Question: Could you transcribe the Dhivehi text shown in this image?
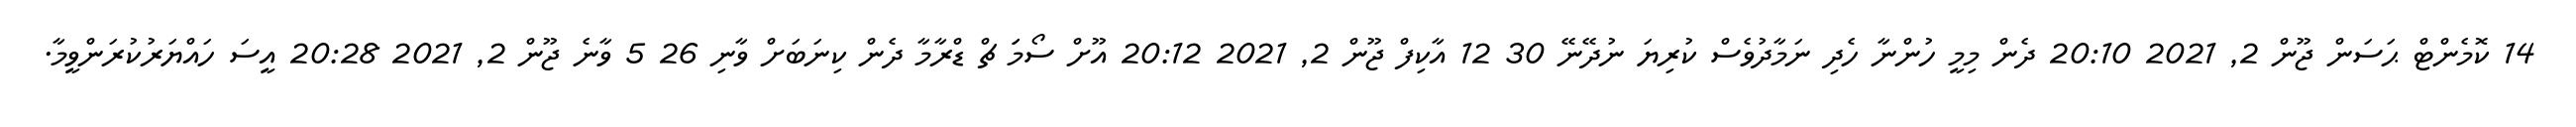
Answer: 14 ކޮމެންޓް ޙަސަން ޖޫން 2, 2021 20:10 ދެން މިމީ ހުންނާ ހެދި ނަމާދުވެސް ކުރިޔަ ނުދޭނޭ 30 12 އާކިފް ޖޫން 2, 2021 20:12 އޫށް ސޯމަަ ޗް ޑްރާމާ ދެން ކިނަބަށް ވާނި 26 5 ވާނެ ޖޫން 2, 2021 20:28 އީސަ ހައްޔަރުކުރަންވީމާ.